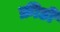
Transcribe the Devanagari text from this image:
फ्रीडी